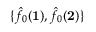
\{ \hat { f } _ { 0 } ( \mathbf { 1 } ) , \hat { f } _ { 0 } ( \mathbf { 2 } ) \}